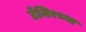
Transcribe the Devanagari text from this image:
टँजिरच्या